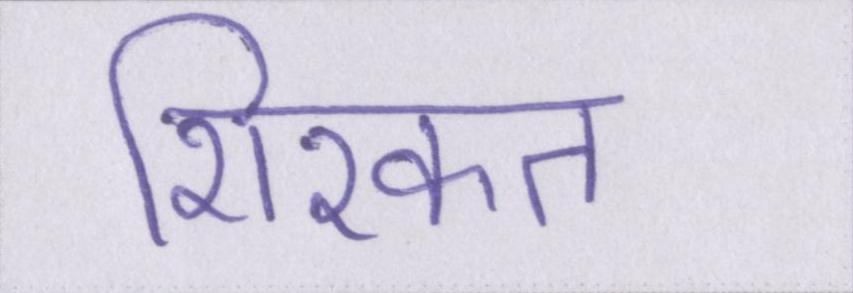
शिरकत